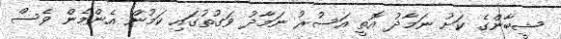
ޝީބާންގެ ކަށު ނަމާދު އޮތީ އަސުރު ނަމާދު ވަގުތުގައި ކަމުން އެންމެން ވެސް